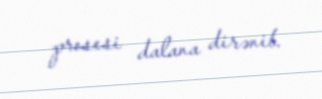
prosesi dalana dirənib.